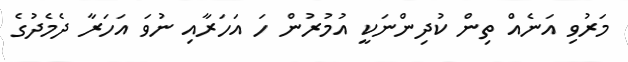
މަރުވި އަނެއް ތިން ކުދިންނަކީ އުމުރުން ހަ އަހަރާއި ނުވަ އަހަރާ ދެމެދުގެ